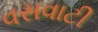
વસવાટી